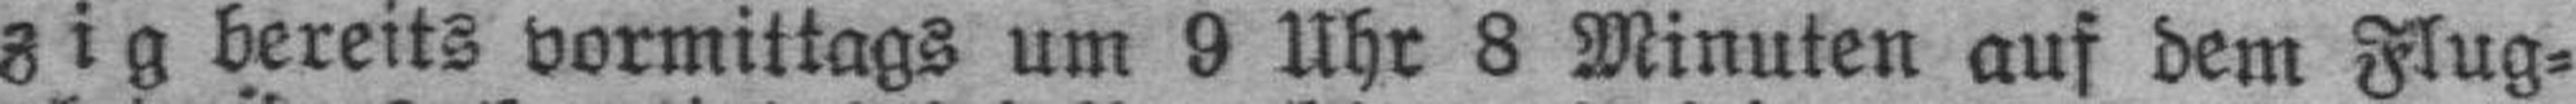
zig bereits vormittags um 9 Uhr 8 Minuten auf dem Flug¬